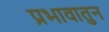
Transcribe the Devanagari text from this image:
प्रभावातुन